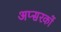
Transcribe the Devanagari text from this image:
अप्सरकों